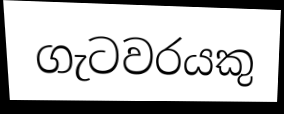
ගැටවරයකු